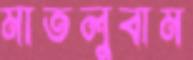
মাতলুবাম